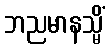
ဘညမာနသ္မိံ